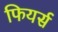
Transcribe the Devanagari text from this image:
फियर्स